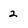
Character: 2